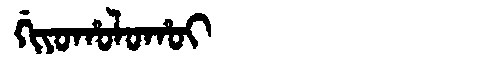
Manchu: ᡤᡳᠶᠣᡥᠣᠯᠣᡥᠣᡳ
Romanization: GIYOHOLOHOI